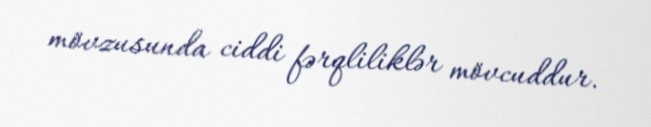
mövzusunda ciddi fərqliliklər mövcuddur.